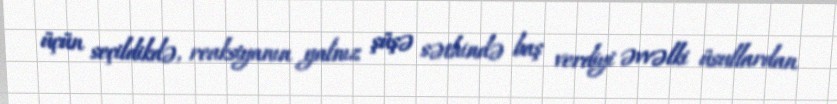
üçün seçildikdə, reaksiyanın yalnız şüşə səthində baş verdiyi əvvəlki üsullardan